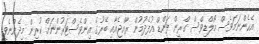
އެހެންނަމަވެސް މޯލްޑިވްސް ގްރީން ފަންޑް އުފެދުމުން ރާއްޖެއާއި ބޭރުގެ އިންވެސްޓަރުންނަށް ކުރިން މިދެންނެވި